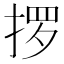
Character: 𫽋